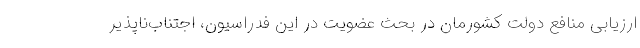
ارزیابی منافع دولت کشورمان در بحث عضویت در این فدراسیون، اجتناب‌ناپذیر